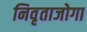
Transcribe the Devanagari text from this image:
निवृताजोगा